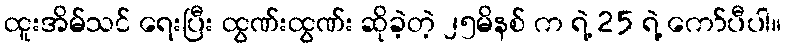
ထူးအိမ်သင် ရေးပြီး ထွဏ်းထွဏ်း ဆိုခဲ့တဲ့ ၂၅မိနစ် က ရဲ့ 25 ရဲ့ ကော်ပီပါ။